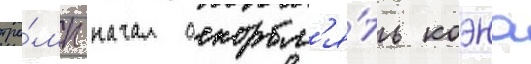
тра́мп начал оскорбл'я́ть коэна